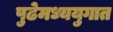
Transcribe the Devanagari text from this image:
पुढेमध्ययुगात